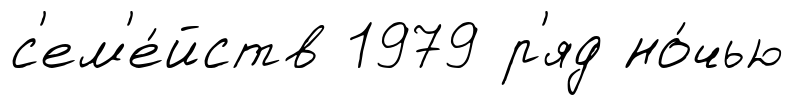
с'ем'е́йств 1979 р'яд но́чью